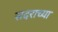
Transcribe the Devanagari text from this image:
सदराच्या